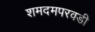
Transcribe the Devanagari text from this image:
शमदमपरवडी